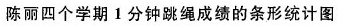
城里四个学期一分钟跳绳成绩的条形统计图